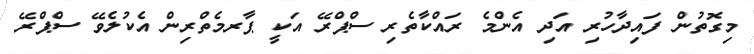
މިގޮތުން ފައިދާހުރި އަދި އެންމެ ރައްކާތެރި ސްޕްރޭ އަކީ ޕާރމެތްރިން އެކުލެވޭ ސްޕްރޭ